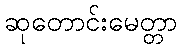
ဆုတောင်းမေတ္တာ